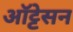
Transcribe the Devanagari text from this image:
ऑट्टेसन